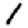
Digit: 1